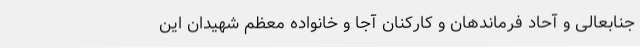
جنابعالی و آحاد فرماندهان و کارکنان آجا و خانواده معظم شهیدان این